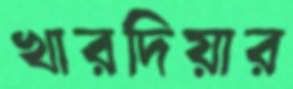
খারদিয়ার